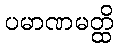
ပမာဏမတ္ထိ